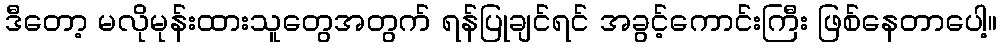
ဒီတော့ မလိုမုန်းထားသူတွေအတွက် ရန်ပြုချင်ရင် အခွင့်ကောင်းကြီး ဖြစ်နေတာပေါ့။